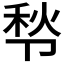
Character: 𰆒